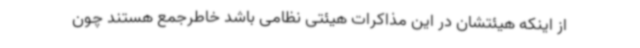
از اینکه هیئتشان در این مذاکرات هیئتی نظامی باشد خاطرجمع هستند چون